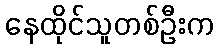
နေထိုင်သူတစ်ဦးက